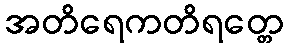
အတိရေကတိရတ္တေ